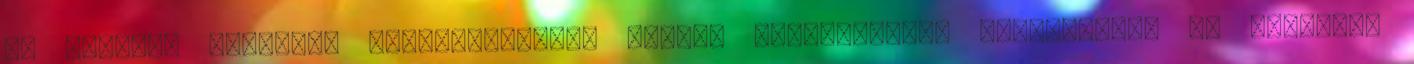
és anyagok Pénzügyi szolgáltatások Magyar Magyarország Adatvédelem és cookie-k